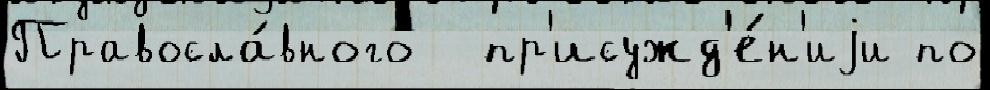
Правосла́вного  пр'исужд'е́н'иjи по